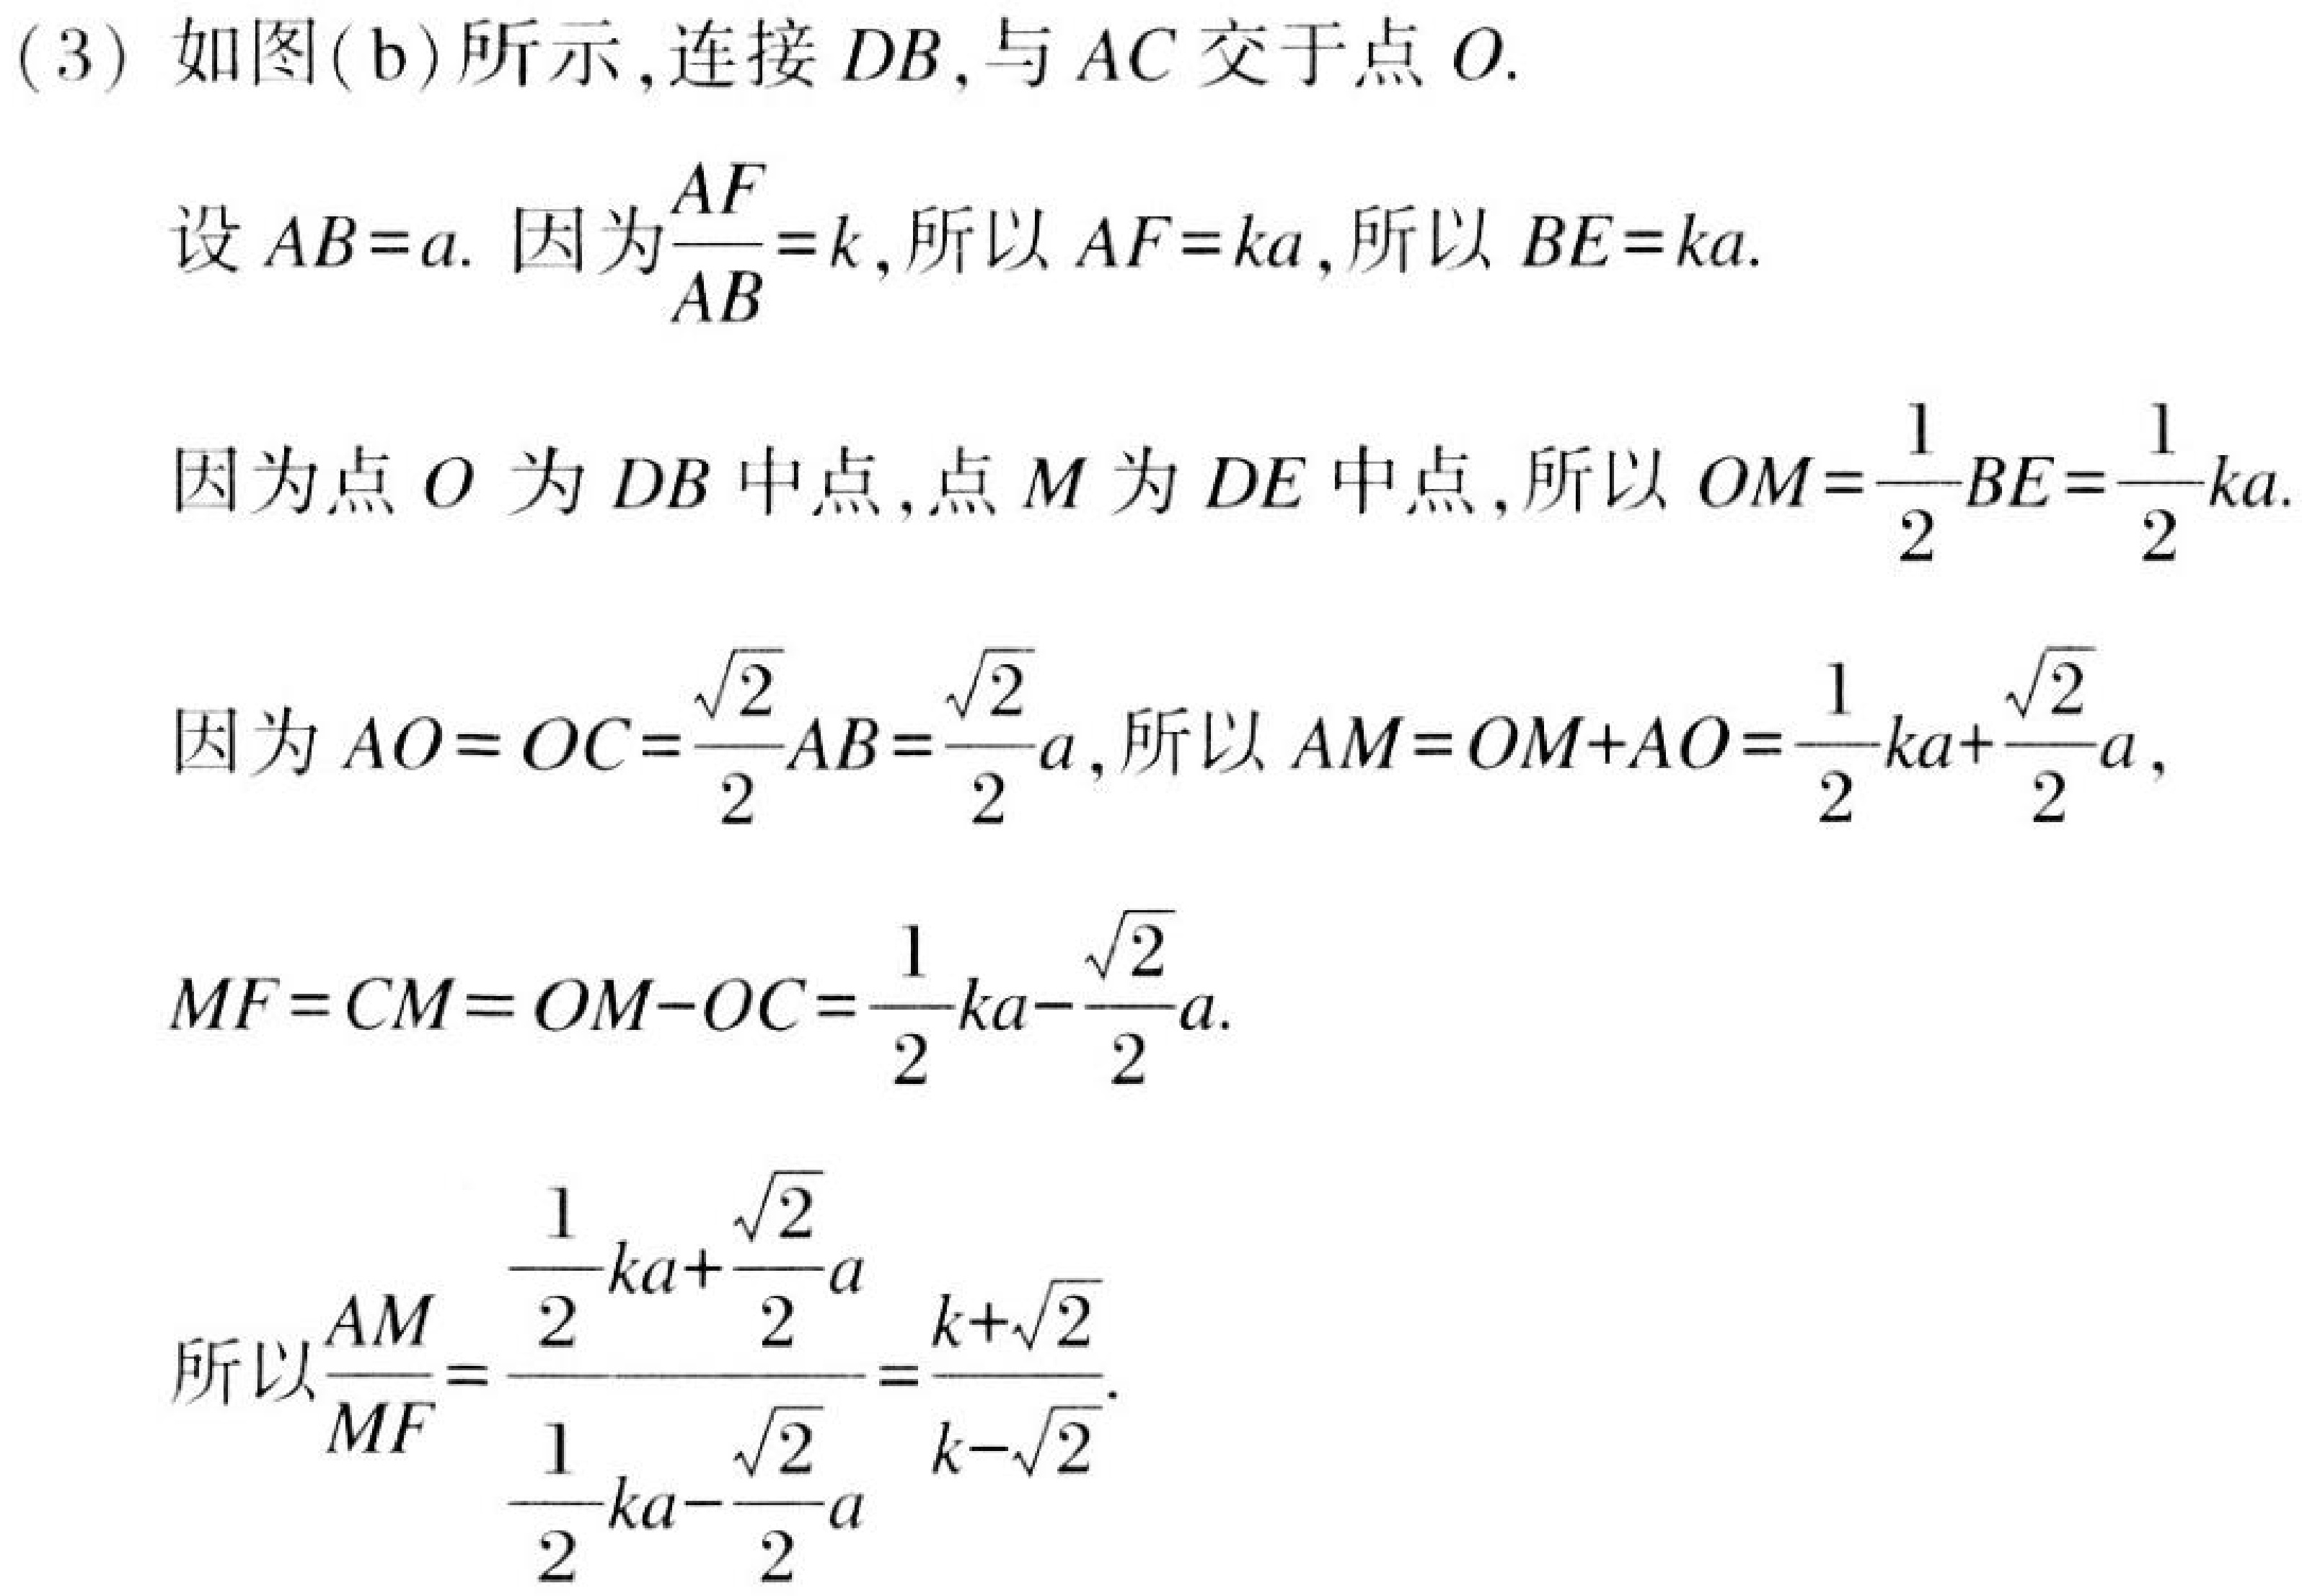
(3) 如图(b)所示，连接 \(DB\)，与 \(AC\) 交于点 \(O\).
设 \(AB = a\). 因为\(\frac{AF}{AB}=k\)，所以 \(AF = ka\)，所以 \(BE = ka\).
因为点 \(O\) 为 \(DB\) 中点，点 \(M\) 为 \(DE\) 中点，所以 \(OM=\frac{1}{2}BE=\frac{1}{2}ka\).
因为 \(AO = OC=\frac{\sqrt{2}}{2}AB=\frac{\sqrt{2}}{2}a\)，所以 \(AM = OM + AO=\frac{1}{2}ka+\frac{\sqrt{2}}{2}a\)，
\(MF = CM = OM - OC=\frac{1}{2}ka-\frac{\sqrt{2}}{2}a\).
所以\(\frac{AM}{MF}=\frac{\frac{1}{2}ka+\frac{\sqrt{2}}{2}a}{\frac{1}{2}ka-\frac{\sqrt{2}}{2}a}=\frac{k + \sqrt{2}}{k - \sqrt{2}}\).